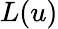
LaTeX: L(u)